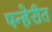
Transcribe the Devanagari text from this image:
पन्हेरीत